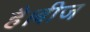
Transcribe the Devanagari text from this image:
है।बीज